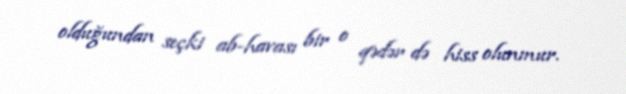
olduğundan seçki ab-havası bir o qədər də hiss olunmur.